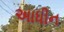
અાધીન